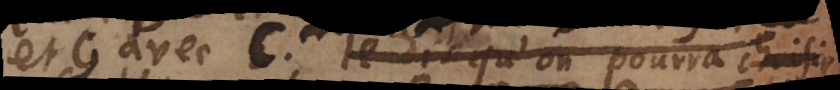
et G avec C. Je dis qu’on pourra choisir